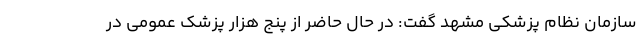
سازمان نظام پزشکی مشهد گفت: در حال حاضر از پنج هزار پزشک عمومی در